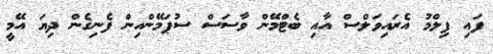
ފައި ފިލްމު އެރައިވަލްސް އާއި ބެޓްމޭން ވާސަސް ސުޕަމޭންއިން ފެނިގެން ދިޔަ އޭމީ